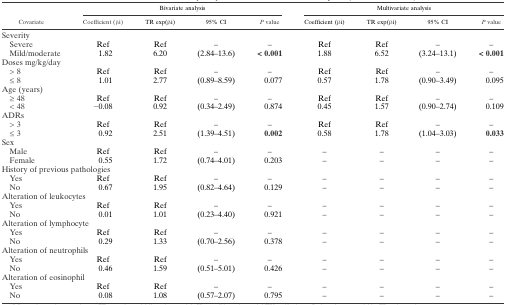
<table><thead><tr><td rowspan="2"><b>Covariate</b></td><td colspan="4"><b>Bivariate analysis</b></td><td colspan="4"><b>Multivariate analysis</b></td></tr><tr><td><b>Coefficient (βi)</b></td><td><b>TR exp(βi)</b></td><td><b>95% CI</b></td><td><b><i>P</i> value</b></td><td><b>Coefficient (βi)</b></td><td><b>TR exp(βi)</b></td><td><b>95% CI</b></td><td><b><i>P</i> value</b></td></tr></thead><tbody><tr><td colspan="9">Severity</td></tr><tr><td> Severe</td><td>Ref</td><td>Ref</td><td>–</td><td>–</td><td>Ref</td><td>Ref</td><td>–</td><td>–</td></tr><tr><td> Mild/moderate</td><td>1.82</td><td>6.20</td><td>(2.84–13.6)</td><td><b>&lt; 0.001</b></td><td>1.88</td><td>6.52</td><td>(3.24–13.1)</td><td><b>&lt; 0.001</b></td></tr><tr><td colspan="9">Doses mg/kg/day</td></tr><tr><td> &gt; 8</td><td>Ref</td><td>Ref</td><td>–</td><td>–</td><td>Ref</td><td>Ref</td><td>–</td><td>–</td></tr><tr><td> ≤ 8</td><td>1.01</td><td>2.77</td><td>(0.89–8.59)</td><td>0.077</td><td>0.57</td><td>1.78</td><td>(0.90–3.49)</td><td>0.095</td></tr><tr><td colspan="9">Age (years)</td></tr><tr><td> ≥ 48</td><td>Ref</td><td>Ref</td><td>–</td><td>–</td><td>Ref</td><td>Ref</td><td>–</td><td>–</td></tr><tr><td> &lt; 48</td><td>−0.08</td><td>0.92</td><td>(0.34–2.49)</td><td>0.874</td><td>0.45</td><td>1.57</td><td>(0.90–2.74)</td><td>0.109</td></tr><tr><td colspan="9">ADRs</td></tr><tr><td> &gt; 3</td><td>Ref</td><td>Ref</td><td>–</td><td>–</td><td>Ref</td><td>Ref</td><td>–</td><td>–</td></tr><tr><td> ≤ 3</td><td>0.92</td><td>2.51</td><td>(1.39–4.51)</td><td><b>0.002</b></td><td>0.58</td><td>1.78</td><td>(1.04–3.03)</td><td><b>0.033</b></td></tr><tr><td colspan="9">Sex</td></tr><tr><td> Male</td><td>Ref</td><td>Ref</td><td>–</td><td>–</td><td>–</td><td>–</td><td>–</td><td>–</td></tr><tr><td> Female</td><td>0.55</td><td>1.72</td><td>(0.74–4.01)</td><td>0.203</td><td>–</td><td>–</td><td>–</td><td>–</td></tr><tr><td colspan="9">History of previous pathologies</td></tr><tr><td> Yes</td><td>Ref</td><td>Ref</td><td>–</td><td>–</td><td>–</td><td>–</td><td>–</td><td>–</td></tr><tr><td> No</td><td>0.67</td><td>1.95</td><td>(0.82–4.64)</td><td>0.129</td><td>–</td><td>–</td><td>–</td><td>–</td></tr><tr><td colspan="9">Alteration of leukocytes</td></tr><tr><td> Yes</td><td>Ref</td><td>Ref</td><td>–</td><td>–</td><td>–</td><td>–</td><td>–</td><td>–</td></tr><tr><td> No</td><td>0.01</td><td>1.01</td><td>(0.23–4.40)</td><td>0.921</td><td>–</td><td>–</td><td>–</td><td>–</td></tr><tr><td colspan="9">Alteration of lymphocyte</td></tr><tr><td> Yes</td><td>Ref</td><td>Ref</td><td>–</td><td>–</td><td>–</td><td>–</td><td>–</td><td>–</td></tr><tr><td> No</td><td>0.29</td><td>1.33</td><td>(0.70–2.56)</td><td>0.378</td><td>–</td><td>–</td><td>–</td><td>–</td></tr><tr><td colspan="9">Alteration of neutrophils</td></tr><tr><td> Yes</td><td>Ref</td><td>Ref</td><td>–</td><td>–</td><td>–</td><td>–</td><td>–</td><td>–</td></tr><tr><td> No</td><td>0.46</td><td>1.59</td><td>(0.51–5.01)</td><td>0.426</td><td>–</td><td>–</td><td>–</td><td>–</td></tr><tr><td colspan="9">Alteration of eosinophil</td></tr><tr><td> Yes</td><td>Ref</td><td>Ref</td><td>–</td><td>–</td><td>–</td><td>–</td><td>–</td><td>–</td></tr><tr><td> No</td><td>0.08</td><td>1.08</td><td>(0.57–2.07)</td><td>0.795</td><td>–</td><td>–</td><td>–</td><td>–</td></tr></tbody></table>